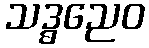
သဒ္ဓညေဝ